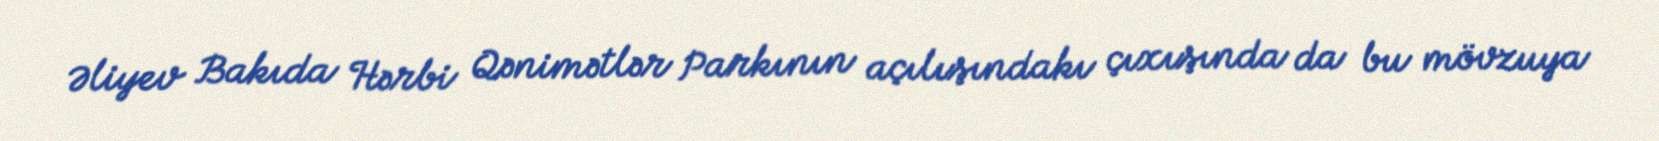
Əliyev Bakıda Hərbi Qənimətlər Parkının açılışındakı çıxışında da bu mövzuya